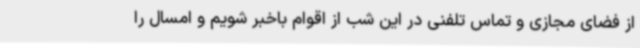
از فضای مجازی و تماس تلفنی در این شب از اقوام باخبر شویم و امسال را